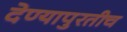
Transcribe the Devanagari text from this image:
देण्यापुरतीच